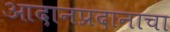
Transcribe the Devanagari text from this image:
आदानप्रदानाचा